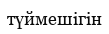
түймешігін